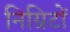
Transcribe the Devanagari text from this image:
निग्रिटों